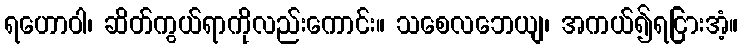
ရဟောဝါ၊ ဆိတ်ကွယ်ရာကိုလည်းကောင်း။ သစေလဘေယျ၊ အကယ်၍ရငြားအံ့။